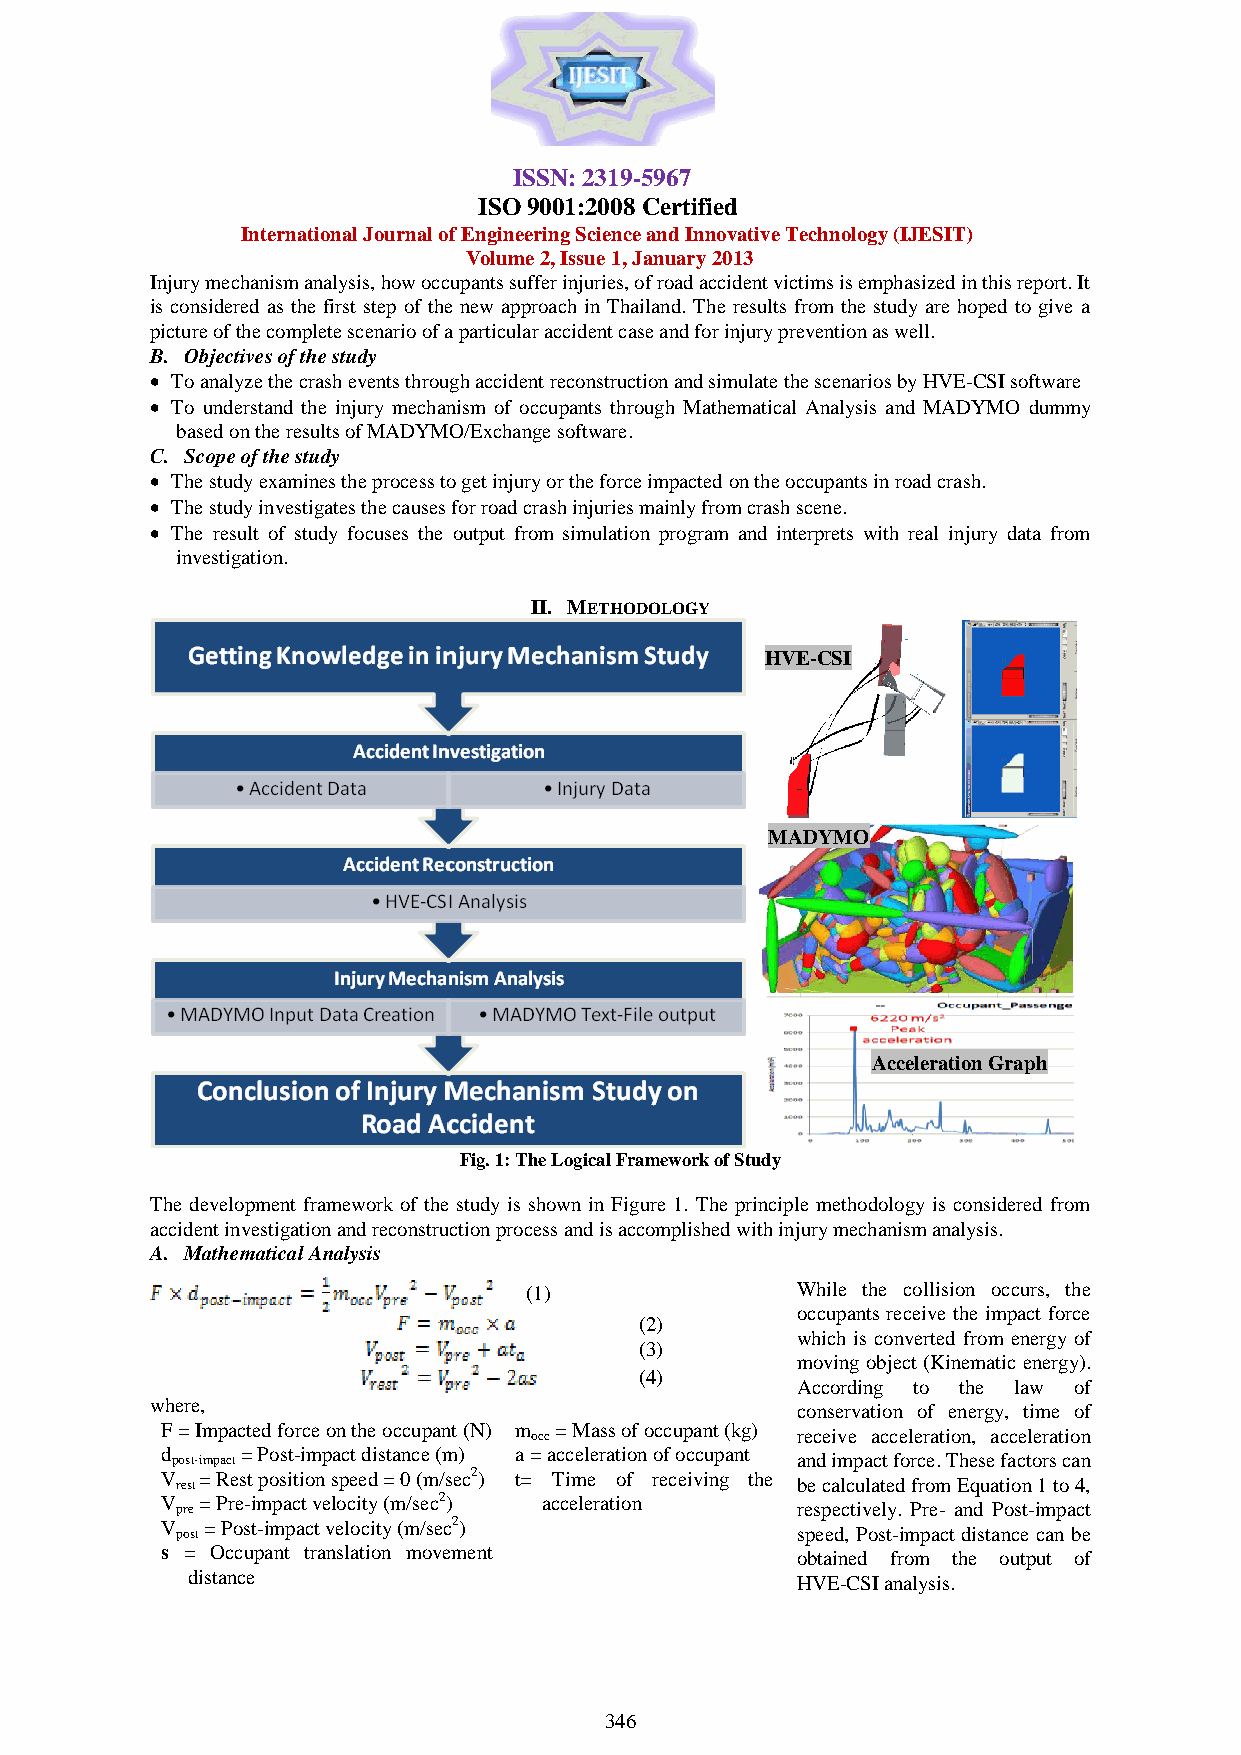
ISSN: 2319-5967
 ISO 9001:2008 Certified
 International Journal of Engineering Science and Innovative Technology (IJESIT)
 Volume 2, Issue 1, January 2013
 Injury mechanism analysis, how occupants suffer injuries, of road accident victims is emphasized in this report. It
 is considered as the first step of the new approach in Thailand. The results from the study are hoped to give a
 picture of the complete scenario of a particular accident case and for injury prevention as well.
 B. Objectives of the study
  To analyze the crash events through accident reconstruction and simulate the scenarios by HVE-CSI software
  To understand the injury mechanism of occupants through Mathematical Analysis and MADYMO dummy
 based on the results of MADYMO/Exchange software.
 C. Scope of the study
  The study examines the process to get injury or the force impacted on the occupants in road crash.
  The study investigates the causes for road crash injuries mainly from crash scene.
  The result of study focuses the output from simulation program and interprets with real injury data from
 investigation.
 II. METHODOLOGY
 HVE-CSI
 MADYMO
 Acceleration Graph
 Fig. 1: The Logical Framework of Study
 The development framework of the study is shown in Figure 1. The principle methodology is considered from
 accident investigation and reconstruction process and is accomplished with injury mechanism analysis.
 A. Mathematical Analysis
 (1)               While the collision occurs, the
 occupants receive the impact force
 (2)
 which is converted from energy of
 (3)
 moving object (Kinematic energy).
 (4)
 According to the law of
 where,                                     conservation of energy, time of
 F = Impacted force on the occupant (N) m occ = Mass of occupant (kg) receive acceleration, acceleration
 d post-impact = Post-impact distance (m) a = acceleration of occupant and impact force. These factors can
 V rest = Rest position speed = 0 (m/sec2) t= Time of receiving the be calculated from Equation 1 to 4,
 V pre = Pre-impact velocity (m/sec2) acceleration respectively. Pre- and Post-impact
 V post = Post-impact velocity (m/sec2)    speed, Post-impact distance can be
 s = Occupant translation movement         obtained from the output of
 distance                                 HVE-CSI analysis.
 34 6